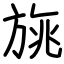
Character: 旐